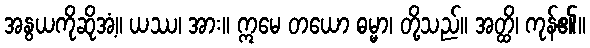
အနွယကိုဆိုအံ့။ ယဿ၊ အား။ ဣမေ တယော ဓမ္မာ၊ တို့သည်။ အတ္ထိ၊ ကုန်၏။